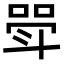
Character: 斝